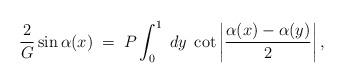
LaTeX: \begin{align*}{2\over G} \sin\alpha(x)\;=\;P\int_0^1\;dy\;\cot\left|{\alpha(x)-\alpha(y)\over 2}\right|,\end{align*}